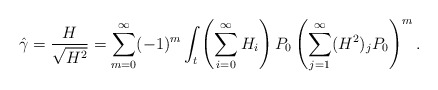
\begin{align*}\hat{\gamma}=\frac{H}{\sqrt{H^2}} = \sum_{m=0}^\infty (-1)^m \int_t \left(\sum_{i=0}^{\infty}H_i \right) P_0 \left( \sum_{j=1}^{\infty} (H^2)_j P_0 \right)^m .\end{align*}